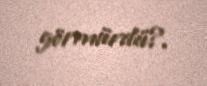
görmürdü?.